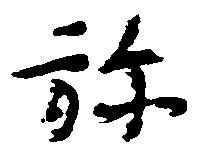
弥